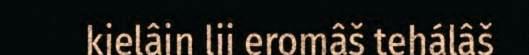
kielâin lii eromâš tehálâš